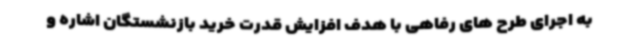
به اجرای طرح های رفاهی با هدف افزایش قدرت خرید بازنشستگان اشاره و